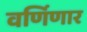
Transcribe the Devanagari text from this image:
वर्णिणार